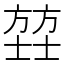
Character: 𫯄